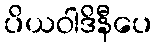
ပိယဝါဒိနီပေ